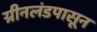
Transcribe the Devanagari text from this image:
ग्रीनलंडपासून